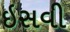
ઇસવી